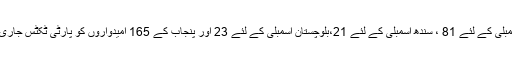
خیبر پختون خوا اسمبلی کے لئے 81 ، سندھ اسمبلی کے لئے 21،بلوچستان اسمبلی کے لئے 23 اور پنجاب کے 165 امیدواروں کو پارٹی ٹکٹس جاری کر دیے گئے ہیں۔